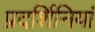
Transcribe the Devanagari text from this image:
प्रदर्शिनियां